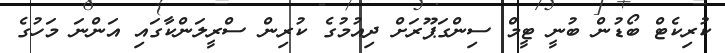
ކުރިކެޓް ބޯޑުން ބުނީ ޓީމް ސިންގަޕޫރަށް ދިއުމުގެ ކުރިން ސްރީލަންކާގައި އަންނަ މަހުގެ